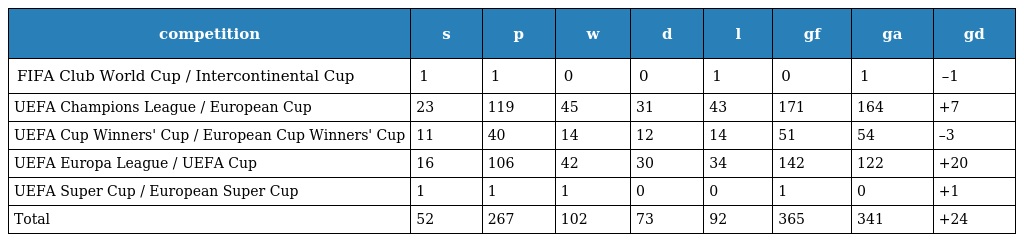
| competition | s | p | w | d | l | gf | ga | gd |
 | --- | --- | --- | --- | --- | --- | --- | --- | --- |
 | FIFA Club World Cup / Intercontinental Cup | 1 | 1 | 0 | 0 | 1 | 0 | 1 | –1 |
 | UEFA Champions League / European Cup | 23 | 119 | 45 | 31 | 43 | 171 | 164 | +7 |
 | UEFA Cup Winners' Cup / European Cup Winners' Cup | 11 | 40 | 14 | 12 | 14 | 51 | 54 | –3 |
 | UEFA Europa League / UEFA Cup | 16 | 106 | 42 | 30 | 34 | 142 | 122 | +20 |
 | UEFA Super Cup / European Super Cup | 1 | 1 | 1 | 0 | 0 | 1 | 0 | +1 |
 | Total | 52 | 267 | 102 | 73 | 92 | 365 | 341 | +24 |